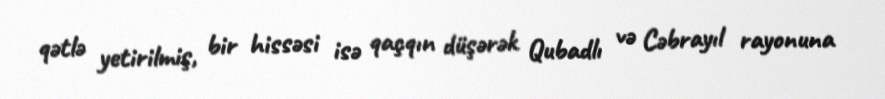
qətlə yetirilmiş, bir hissəsi isə qaçqın düşərək Qubadlı və Cəbrayıl rayonuna